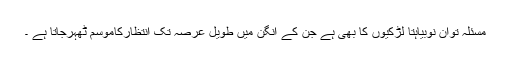
مسئلہ توان نوبیاہتا لڑکیوں کا بھی ہے جن کے آنگن میں طویل عرصہ تک انتظارکاموسم ٹھہرجاتا ہے ۔